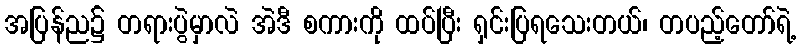
အပြန်ည၌ တရားပွဲမှာလဲ အဲဒီ စကားကို ထပ်ပြီး ရှင်းပြရသေးတယ်၊ တပည့်တော်ရဲ့